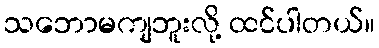
သဘောမကျဘူးလို့ ထင်ပါတယ်။